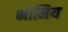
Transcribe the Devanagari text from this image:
भोमिय